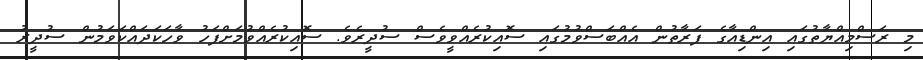
މި ރަސްމިއްޔާތުގައި އިންޑިއާގެ ފަރާތުން އެއްބަސްވުމުގައި ސޮއިކުރެއްވީވެސް ސުދީރެވެ. ސޮއިކުރެއްވުމަށްފަހު ވާހަކަދައްކަވަމުން ސުދީރު